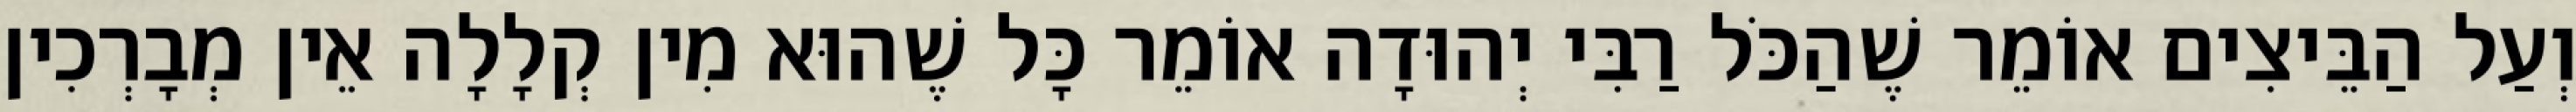
וְעַל הַבֵּיצִים אוֹמֵר שֶׁהַכֹּל רַבִּי יְהוּדָה אוֹמֵר כָּל שֶׁהוּא מִין קְלָלָה אֵין מְבָרְכִין